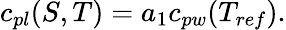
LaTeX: \begin{array}{r}{c_{pl}(S,T)=a_{1}c_{pw}(T_{ref}).}\end{array}